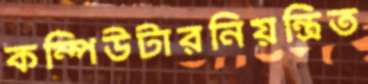
কম্পিউটারনিয়ন্ত্রিত